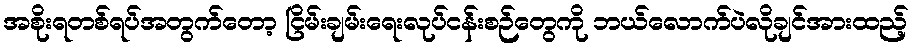
အစိုးရတစ်ရပ်အတွက်တော့ ငြိမ်းချမ်းရေးလုပ်ငန်းစဉ်တွေကို ဘယ်လောက်ပဲလိုချင်အားထည့်